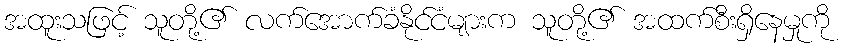
အထူးသဖြင့် သူတို့၏ လက်အောက်ခံနိုင်ငံများက သူတို့၏ အထက်စီးရှိနေမှုကို